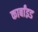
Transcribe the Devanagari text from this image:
कार्बांइड